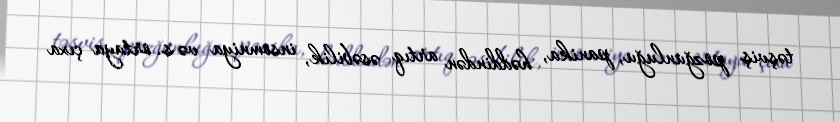
təşviş pozğunluğu, panika, həddindən artıq əsəbilik, insomniya və s. ortaya çıxa